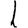
Digit: 1